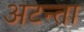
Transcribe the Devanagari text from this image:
अटन्ता